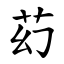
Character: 䒛